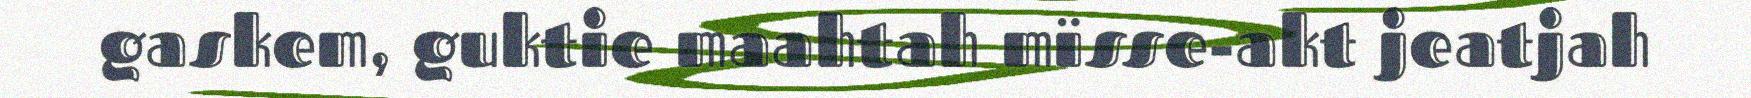
gaskem, guktie maahtah mïsse-akt jeatjah